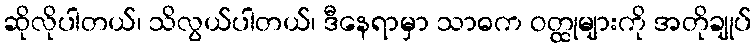
ဆိုလိုပါတယ်၊ သိလွယ်ပါတယ်၊ ဒီနေရာမှာ သာဓက ဝတ္ထုများကို အတိုချုပ်